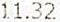
11.32